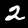
Label: 2